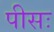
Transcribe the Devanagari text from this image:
पीसः